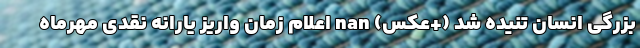
بزرگی انسان تنیده شد (+عکس) nan اعلام زمان واریز یارانه نقدی مهرماه